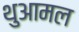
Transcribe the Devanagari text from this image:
थुआमल